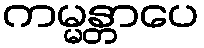
ကမ္မန္တာပေ